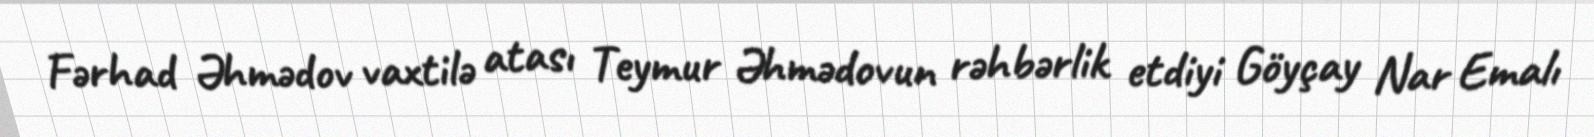
Fərhad Əhmədov vaxtilə atası Teymur Əhmədovun rəhbərlik etdiyi Göyçay Nar Emalı